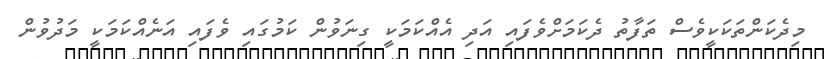
މިދެކަންތަކަކީވެސް ތަފާތު ދެކަމަށްވެފައި އަދި އެއްކަމަކީ ގިނަވުން ކަމުގައި ވެފައި އަނެއްކަމަކީ މަދުވުން